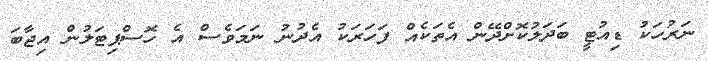
ނަރުހަކު ޑިއުޓީ ބަދަލުކޮށްދޭން އެތަކެއް ފަހަރަކު އެދުނު ނަމަވެސް އެ ހޮސްޕިޓަލުން އިޖާބަ